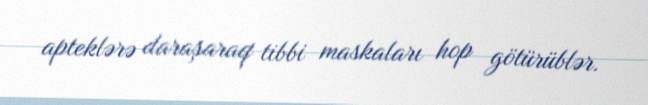
apteklərə daraşaraq tibbi maskaları hop götürüblər.